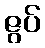
ဇွပ်